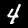
Digit: 4